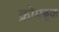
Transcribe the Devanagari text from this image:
क्रोमबूक